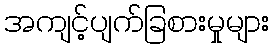
အကျင့်ပျက်ခြစားမှုများ